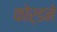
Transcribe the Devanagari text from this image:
फोर्डने